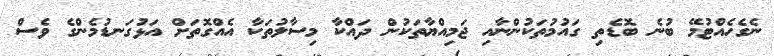
ނެގެހެއްޓުމޭ ބުނެ ބޮޑެތި ގައުމުތަކުންނާއި ޖަމިއްޔާތަކުން ދައްކާ މިސާލުތަކާ އެއްގޮތަށް އަޅުގަނޑުމެންގެ ވެސް